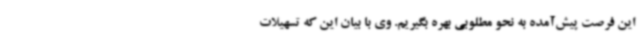
این فرصت پیش‌آمده به نحو مطلوبی بهره بگیریم. وی با بیان این که تسهیلات